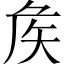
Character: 矦